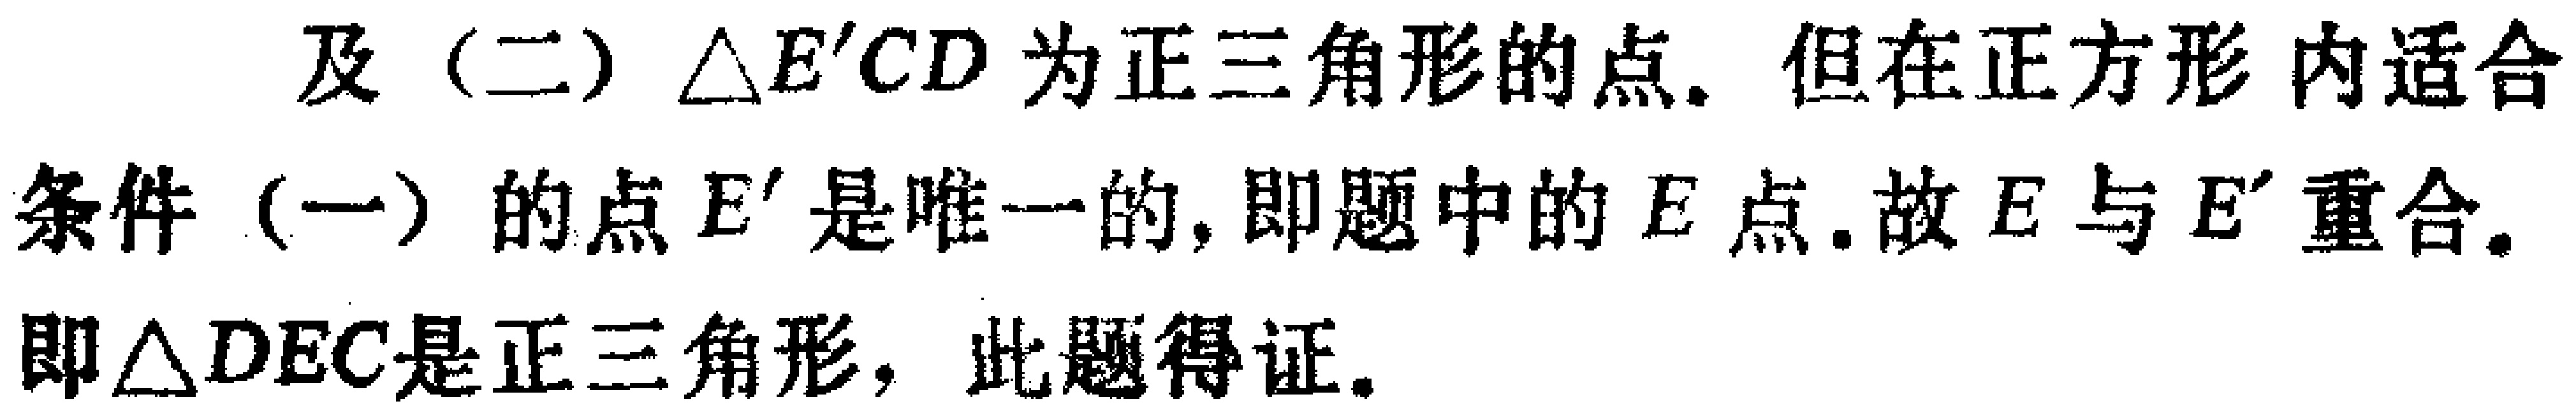
及（二）$\triangle E'CD$为正三角形的点. 但在正方形内适合条件（一）的点$E'$是唯一的, 即题中的$E$点. 故$E$与$E'$重合. 即$\triangle DEC$是正三角形, 此题得证.